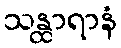
သန္ထာရာနံ